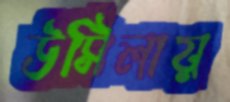
উসিলায়